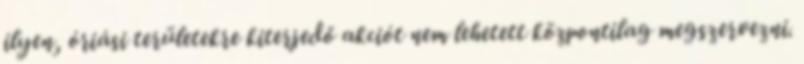
ilyen, óriási területekre kiterjedő akciót nem lehetett központilag megszervezni.